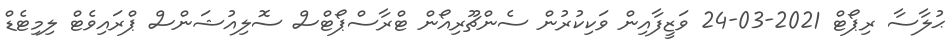
ޙުލާސާ ރިޕޯޓް 2021-03-24 ވަޒީފާއިން ވަކިކުރުން ސެންޗޫރިއޯން ޓްރާސްޕޯޓްސް ސޮލިއުޝަންސް ޕްރައިވެޓް ލިމިޓެޑް